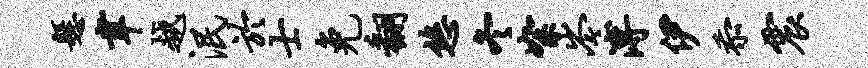
悬聿越泯於士免翻悠冬絮岑溥伊忝震